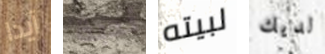
آيدا ندبة لبيته لديك